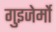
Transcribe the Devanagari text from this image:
गुइजेर्मो